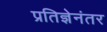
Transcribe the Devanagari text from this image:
प्रतिज्ञेनंतर